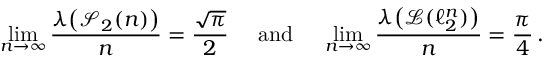
\operatorname* { l i m } _ { n \to \infty } \frac { \boldsymbol { \lambda } \big ( \mathcal { S } _ { 2 } ( n ) \big ) } { n } = \frac { \sqrt { \pi } } { 2 } \, \, \, \, \, \, \, \, \mathrm { a n d } \, \, \, \, \, \, \, \, \operatorname* { l i m } _ { n \to \infty } \frac { \boldsymbol { \lambda } \big ( \mathcal L ( \ell _ { 2 } ^ { n } ) \big ) } { n } = \frac { \pi } { 4 } \, .